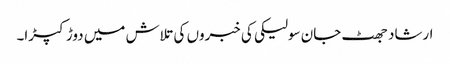
ارشاد جھٹ جان سولیکی کی خبروں کی تلاش میں دوڑ کپڑا۔